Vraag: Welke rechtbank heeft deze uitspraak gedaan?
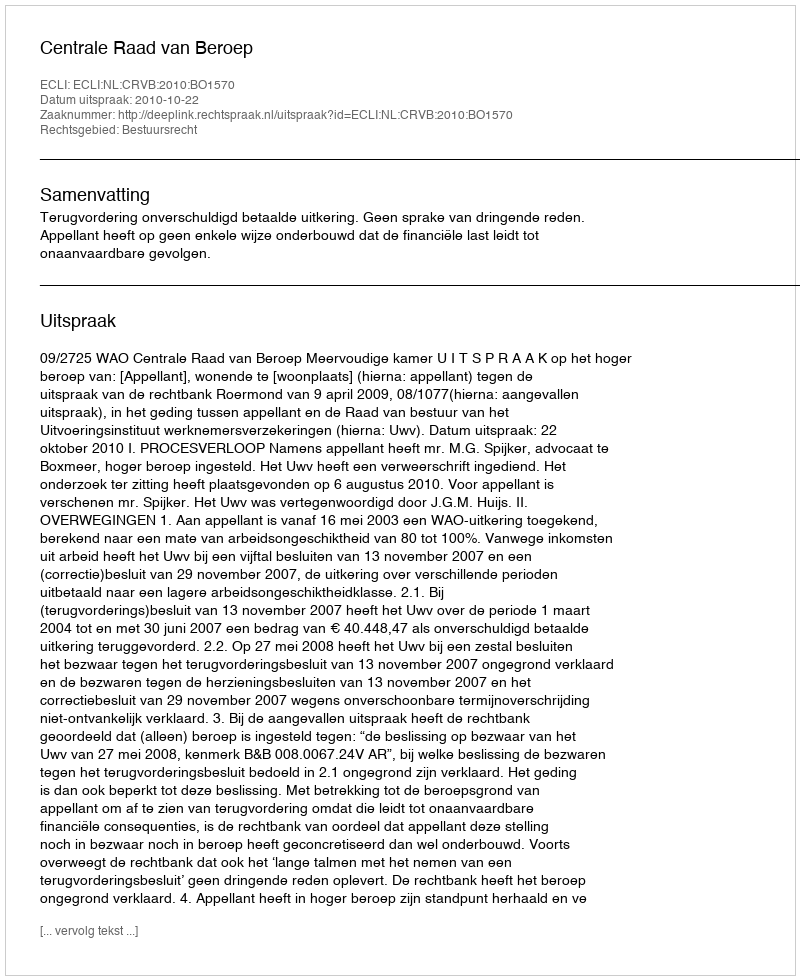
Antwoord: Centrale Raad van Beroep